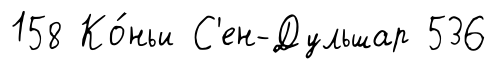
158 Ко́ньи С'ен-Дульшар 536